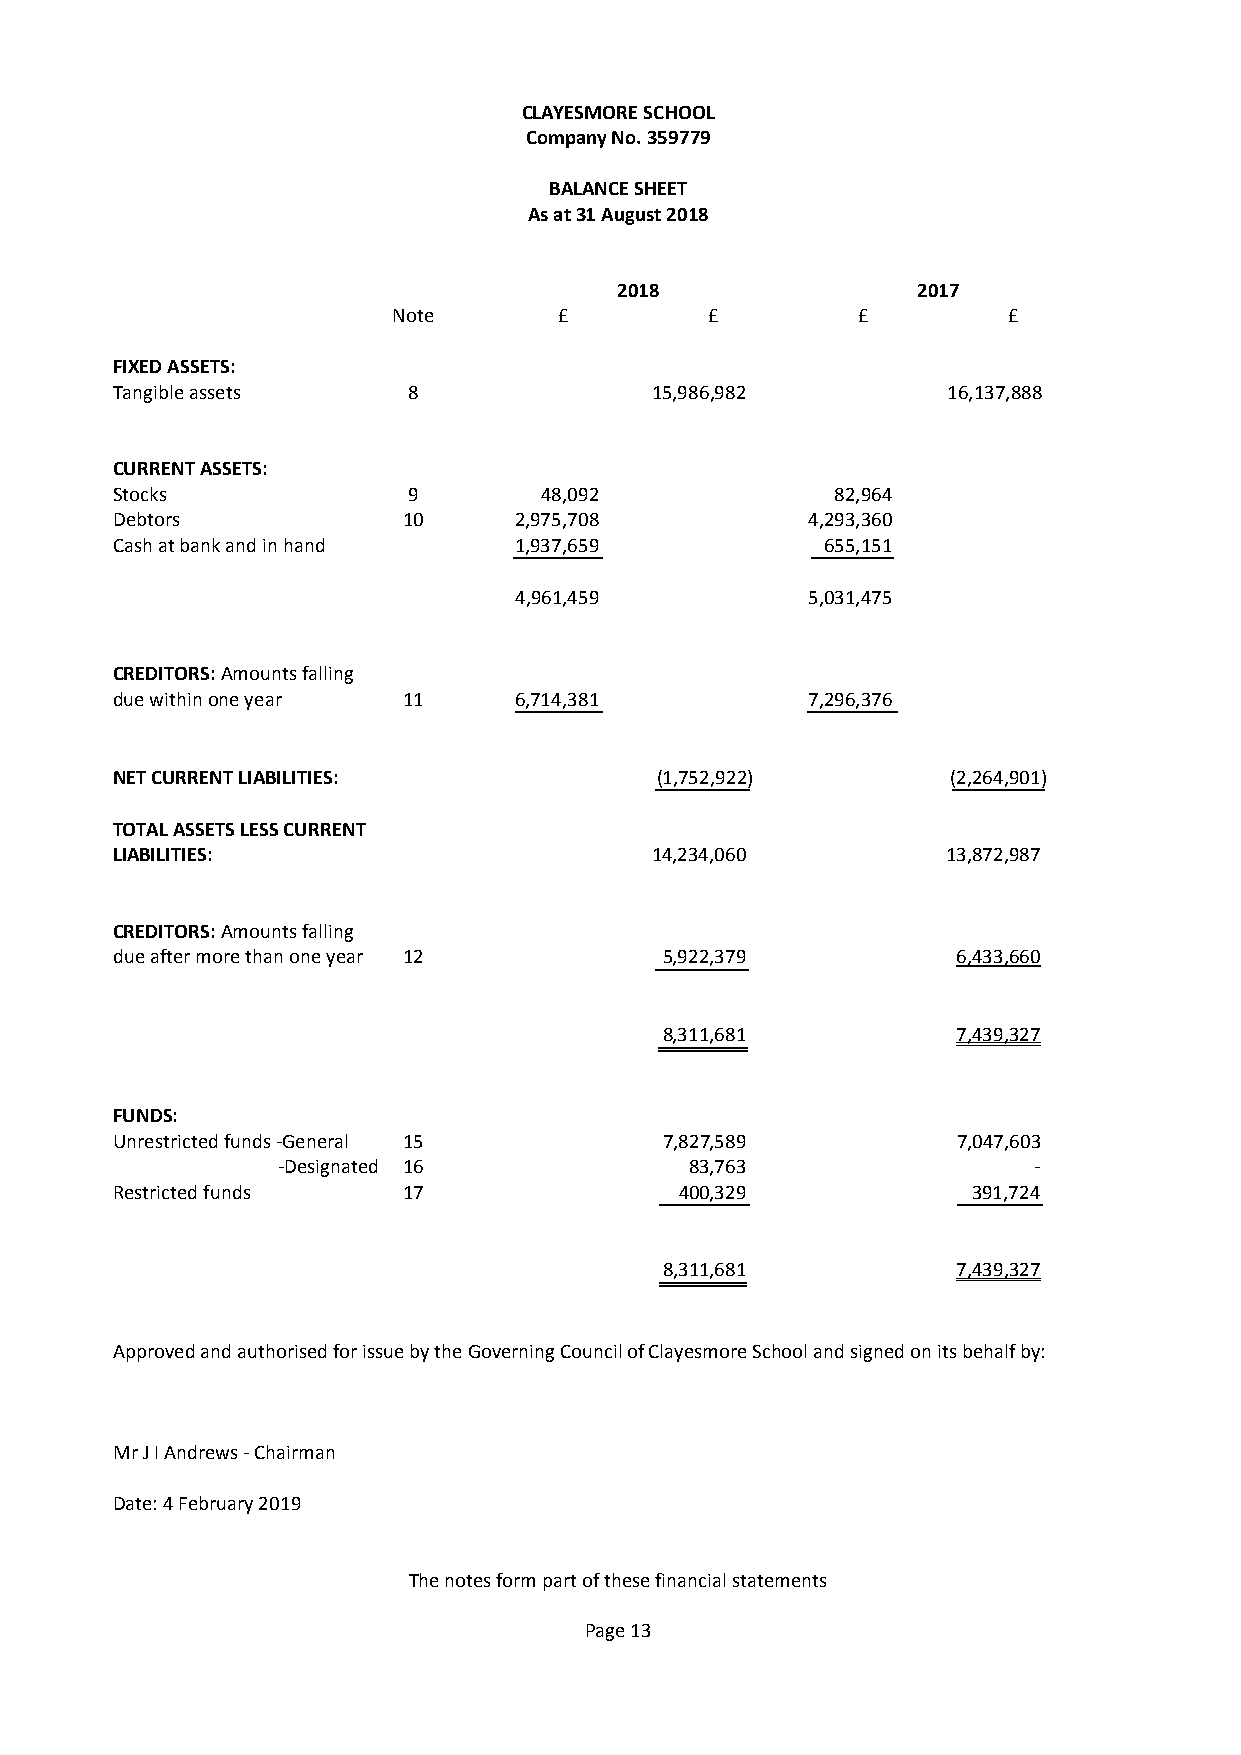
CLAYESMORE SCHOOL
 Company No. 359779
 BALANCE SHEET
 As at 31 August 2018
 2018                2017
 Note       £         £         £         £
 FIXED ASSETS:
 Tangible assets     8               15,986,982          16,137,888
 CURRENT ASSETS:
 Stocks              9        48,092             82,964
 Debtors             10     2,975,708          4,293,360
 Cash at bank and in hand   1,937,659            655,151
 4,961,459          5,031,475
 CREDITORS: Amounts falling
 due within one year 11     6,714,381          7,296,376
 NET CURRENT LIABILITIES:            (1,752,922)         (2,264,901)
 TOTAL ASSETS LESS CURRENT
 LIABILITIES:                        14,234,060          13,872,987
 CREDITORS: Amounts falling
 due after more than one year 12      5,922,379          6,433,660
 8,311,681          7,439,327
 FUNDS:
 Unrestricted funds -General 15       7,827,589          7,047,603
 -Designated 16              83,763                -
 Restricted funds    17                400,329            391,724
 8,311,681          7,439,327
 Approved and authorised for issue by the Governing Council of Clayesmore School and signed on its behalf by:
 Mr J I Andrews - Chairman
 Date: 4 February 2019
 The notes form part of these financial statements
 Page 13